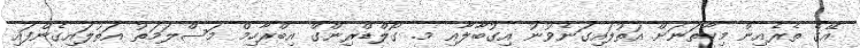
އޭގެ ތެރެއިން މިހާތަނަށް އަތުލައިގަނެވުނު އިގުބާލާއި މ. ގޯލްޑްރިންގް އިބްރާހިމް މަސްލަމަތު އަތުލައިގެންފައި